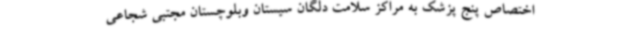
اختصاص پنج پزشک به مراکز سلامت دلگان سیستان وبلوچستان مجتبی شجاعی